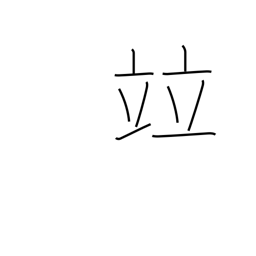
Meaning: rank with